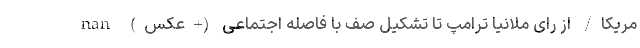
مریکا/ از رای ملانیا ترامپ تا تشکیل صف با فاصله اجتماعی (+عکس) nan